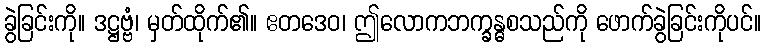
ခွဲခြင်းကို။ ဒဋ္ဌဗ္ဗံ၊ မှတ်ထိုက်၏။ ဧတဒေဝ၊ ဤလောကဘက္ခန္ဓစသည်ကို ဖောက်ခွဲခြင်းကိုပင်။